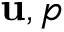
{ \bf u } , p